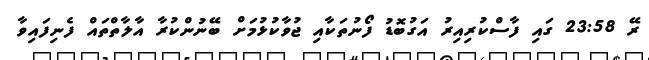
ރޭ 23:58 ގައި ފާސްކުރިއިރު އަގުބޮޑު ފޯނުތަކާއި ޖުވާކުޅުމަށް ބޭނުންކުރާ އާލާތްތައް ފެނިފައިވާ